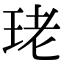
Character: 珯